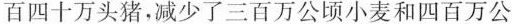
百四十万头猪，减少了三百万公顷小麦和四百万公